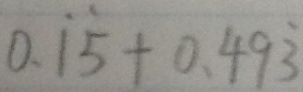
0 . \dot { 1 } \dot { 5 } + 0 . 4 9 \dot { 3 }